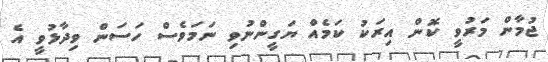
ޖުމާން މަރުވީ ކޮން އިރަކު ކަމެއް ޔަގީންނުވި ނަމަވެސް ހަސަން ވިދާޅުވީ އެ